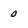
Character: 0